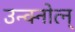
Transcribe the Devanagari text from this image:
उन्क्नोत्न्